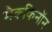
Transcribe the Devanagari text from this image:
मैककिनॉन